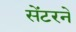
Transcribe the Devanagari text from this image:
सेंटरने